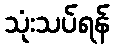
သုံးသပ်ရန်